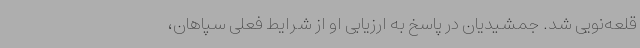
قلعه‌نویی شد. جمشیدیان در پاسخ به ارزیابی او از شرایط فعلی سپاهان،